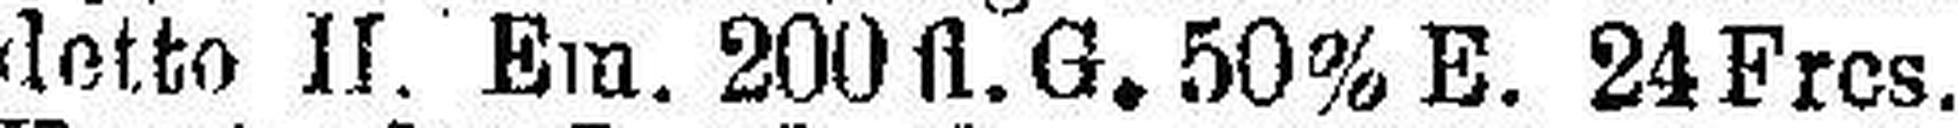
detto II. Em. 200 fl. G. 50% E. 24 Frcs.